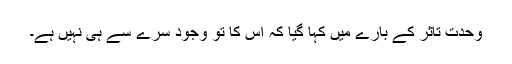
وحدت تاثر کے بارے میں کہا گیا کہ اس کا تو وجود سرے سے ہی نہیں ہے۔